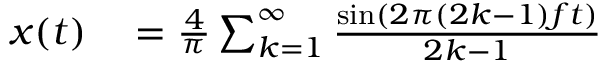
\begin{array} { r l r } { x ( t ) } & { { } = { \frac { 4 } { \pi } } \sum _ { k = 1 } ^ { \infty } { \frac { \sin \left( 2 \pi ( 2 k - 1 ) f t \right) } { 2 k - 1 } } } \end{array}